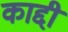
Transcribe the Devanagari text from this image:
काद्दी